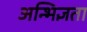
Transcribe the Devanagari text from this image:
अन्भिज्ञता